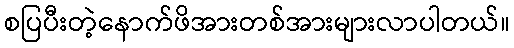
စပြပီးတဲ့နောက်ဖိအားတစ်အားများလာပါတယ်။